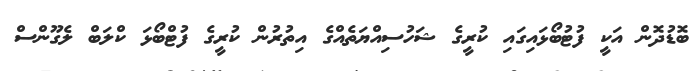
ބޮޑުދޮން އަކީ ފުޓުބޯޅައިގައި ކުރީގެ ޝަހުސިއްޔަތެއްގެ އިތުރުން ކުރީގެ ފުޓްބޯޅަ ކްލަބް ލެގޫންސް